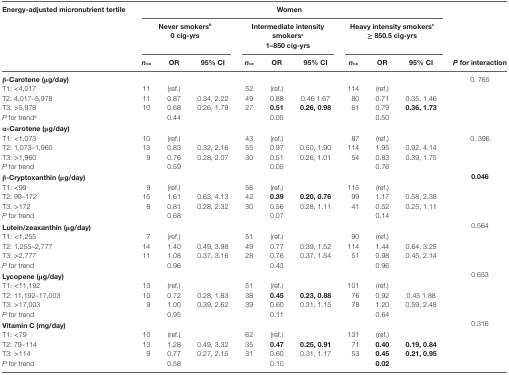
<table><thead><tr><td rowspan="3"><b>Energy-adjusted micronutrient tertile</b></td><td colspan="9"><b>Women</b></td><td></td></tr><tr><td colspan="3"><b>Never smokers<sup>b</sup> 0 cig-yrs</b></td><td colspan="3"><b>Intermediate intensity smokers<sup>c</sup> 1–850 cig-yrs</b></td><td colspan="3"><b>Heavy intensity smokers<sup>c</sup> ≥ 850.5 cig-yrs</b></td><td></td></tr><tr><td><b><i>n</i><sub>ca</sub></b></td><td><b>OR</b></td><td><b>95% CI</b></td><td><b><i>n</i><sub>ca</sub></b></td><td><b>OR</b></td><td><b>95% CI</b></td><td><b><i>n</i><sub>ca</sub></b></td><td><b>OR</b></td><td><b>95% CI</b></td><td><b><i>P</i> for interaction</b></td></tr></thead><tbody><tr><td><b>β-Carotene (μg/day)</b></td><td></td><td></td><td></td><td></td><td></td><td></td><td></td><td></td><td></td><td>0. 765</td></tr><tr><td>T1: &lt;4,017</td><td>11</td><td>(ref.)</td><td></td><td>52</td><td>(ref.)</td><td></td><td>114</td><td>(ref.)</td><td></td><td></td></tr><tr><td>T2: 4,017–5,978</td><td>11</td><td>0.87</td><td>0.34, 2.22</td><td>49</td><td>0.88</td><td>0.46 1.67</td><td>80</td><td>0.71</td><td>0.35, 1.46</td><td></td></tr><tr><td>T3: &gt;5,978</td><td>10</td><td>0.68</td><td>0.26, 1.79</td><td>27</td><td><b>0.51</b></td><td><b>0.26, 0.98</b></td><td>61</td><td>0.79</td><td><b>0.36, 1.73</b></td><td></td></tr><tr><td><i>P</i> for trend<sup>d</sup></td><td></td><td>0.44</td><td></td><td></td><td>0.05</td><td></td><td></td><td>0.50</td><td></td><td></td></tr><tr><td><b>α-Carotene (μg/day)</b></td><td></td><td></td><td></td><td></td><td></td><td></td><td></td><td></td><td></td><td></td></tr><tr><td>T1: &lt;1,073</td><td>10</td><td>(ref.)</td><td></td><td>43</td><td>(ref.)</td><td></td><td>87</td><td>(ref.)</td><td></td><td>0. 396</td></tr><tr><td>T2: 1,073–1,960</td><td>13</td><td>0.83</td><td>0.32, 2.16</td><td>55</td><td>0.97</td><td>0.50, 1.90</td><td>114</td><td>1.95</td><td>0.92, 4.14</td><td></td></tr><tr><td>T3: &gt;1,960</td><td>9</td><td>0.76</td><td>0.28, 2.07</td><td>30</td><td>0.51</td><td>0.26, 1.01</td><td>54</td><td>0.83</td><td>0.39, 1.75</td><td></td></tr><tr><td><i>P</i> for trend</td><td></td><td>0.59</td><td></td><td></td><td>0.05</td><td></td><td></td><td>0.76</td><td></td><td></td></tr><tr><td colspan="2"><b>β-Cryptoxanthin (μg/day)</b></td><td></td><td></td><td></td><td></td><td></td><td></td><td></td><td></td><td><b>0.046</b></td></tr><tr><td>T1: &lt;99</td><td>9</td><td>(ref.)</td><td></td><td>56</td><td>(ref.)</td><td></td><td>115</td><td>(ref.)</td><td></td><td></td></tr><tr><td>T2: 99–172</td><td>15</td><td>1.61</td><td>0.63, 4.13</td><td>42</td><td><b>0.39</b></td><td><b>0.20, 0.76</b></td><td>99</td><td>1.17</td><td>0.58, 2.38</td><td></td></tr><tr><td>T3: &gt;172</td><td>8</td><td>0.81</td><td>0.28, 2.32</td><td>30</td><td>0.56</td><td>0.28, 1.11</td><td>41</td><td>0.52</td><td>0.25, 1.11</td><td></td></tr><tr><td><i>P</i> for trend</td><td></td><td>0.68</td><td></td><td></td><td>0.07</td><td></td><td></td><td>0.14</td><td></td><td></td></tr><tr><td colspan="2"><b>Lutein/zeaxanthin (μg/day)</b></td><td></td><td></td><td></td><td></td><td></td><td></td><td></td><td></td><td>0.564</td></tr><tr><td>T1: &lt;1,255</td><td>7</td><td>(ref.)</td><td></td><td>51</td><td>(ref.)</td><td></td><td>90</td><td>(ref.)</td><td></td><td></td></tr><tr><td>T2: 1,255–2,777</td><td>14</td><td>1.40</td><td>0.49, 3.98</td><td>49</td><td>0.77</td><td>0.39, 1.52</td><td>114</td><td>1.44</td><td>0.64, 3.25</td><td></td></tr><tr><td>T3: &gt;2,777</td><td>11</td><td>1.08</td><td>0.37, 3.16</td><td>28</td><td>0.76</td><td>0.37, 1.54</td><td>51</td><td>0.98</td><td>0.45, 2.14</td><td></td></tr><tr><td><i>P</i> for trend</td><td></td><td>0.96</td><td></td><td></td><td>0.43</td><td></td><td></td><td>0.96</td><td></td><td></td></tr><tr><td><b>Lycopene (μg/day)</b></td><td></td><td></td><td></td><td></td><td></td><td></td><td></td><td></td><td></td><td>0.653</td></tr><tr><td>T1: &lt;11,192</td><td>13</td><td>(ref.)</td><td></td><td>51</td><td>(ref.)</td><td></td><td>101</td><td>(ref.)</td><td></td><td></td></tr><tr><td>T2: 11,192–17,003</td><td>10</td><td>0.72</td><td>0.28, 1.83</td><td>38</td><td><b>0.45</b></td><td><b>0.23, 0.88</b></td><td>76</td><td>0.92</td><td>0.45 1.88</td><td></td></tr><tr><td>T3: &gt;17,003</td><td>9</td><td>1.00</td><td>0.39, 2.62</td><td>39</td><td>0.60</td><td>0.31, 1.15</td><td>78</td><td>1.20</td><td>0.59, 2.48</td><td></td></tr><tr><td><i>P</i> for trend</td><td></td><td>0.95</td><td></td><td></td><td>0.11</td><td></td><td></td><td>0.64</td><td></td><td></td></tr><tr><td><b>Vitamin C (mg/day)</b></td><td></td><td></td><td></td><td></td><td></td><td></td><td></td><td></td><td></td><td>0.316</td></tr><tr><td>T1: &lt;79</td><td>10</td><td>(ref.)</td><td></td><td>62</td><td>(ref.)</td><td></td><td>131</td><td>(ref.)</td><td></td><td></td></tr><tr><td>T2: 79–114</td><td>13</td><td>1.28</td><td>0.49, 3.32</td><td>35</td><td><b>0.47</b></td><td><b>0.25, 0.91</b></td><td>71</td><td><b>0.40</b></td><td><b>0.19, 0.84</b></td><td></td></tr><tr><td>T3: &gt;114</td><td>9</td><td>0.77</td><td>0.27, 2.15</td><td>31</td><td>0.60</td><td>0.31, 1.17</td><td>53</td><td><b>0.45</b></td><td><b>0.21, 0.95</b></td><td></td></tr><tr><td><i>P</i> for trend</td><td></td><td>0.58</td><td></td><td></td><td>0.10</td><td></td><td></td><td><b>0.02</b></td><td></td><td></td></tr></tbody></table>